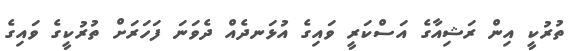
ތުރުކީ އިން ރަޝިއާގެ އަސްކަރީ ވައިގެ އުޅަނދެއް ދެވަނަ ފަހަރަށް ތުރުކީގެ ވައިގެ